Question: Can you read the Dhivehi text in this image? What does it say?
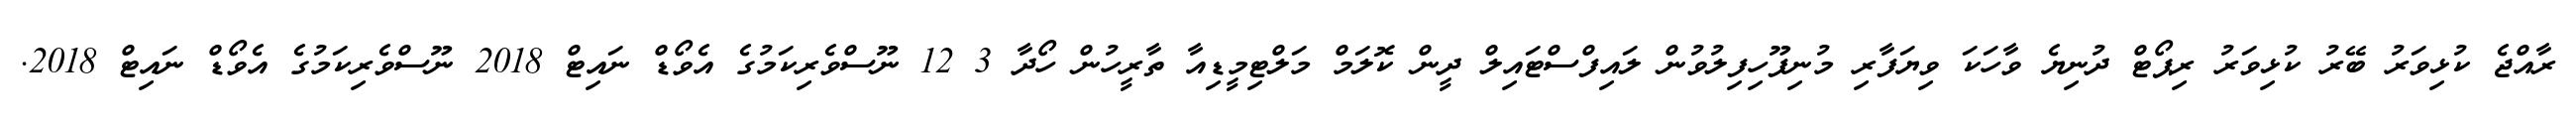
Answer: ރާއްޖެ ކުޅިވަރު ބޭރު ކުޅިވަރު ރިޕޯޓް ދުނިޔެ ވާހަކަ ވިޔަފާރި މުނިފޫހިފިލުވުން ލައިފްސްޓައިލް ދީން ކޮލަމް މަލްޓިމީޑިއާ ތާރީހުން ހޯދާ 3 12 ނޫސްވެރިކަމުގެ އެވޯޑް ނައިޓް 2018 ނޫސްވެރިކަމުގެ އެވޯޑް ނައިޓް 2018.